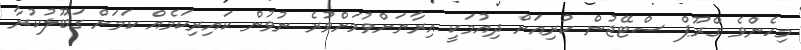
މިހެންވެ ގްރޫޕް ސްޓޭޖުން ކުރިއަށް ދިއުމަކީ އިރާނަށްވުމަށްވުރެ ނުވުން ކައިރިކަމެއް ކަމަށް ގަބޫލުކުރާ